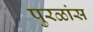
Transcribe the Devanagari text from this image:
पुरळांस